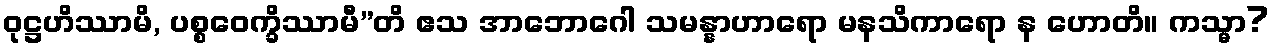
ဝုဋ္ဌဟိဿာမိ, ပစ္စဝေက္ခိဿာမီ”တိ ဧသ အာဘောဂေါ သမန္နာဟာရော မနသိကာရော န ဟောတိ။ ကသ္မာ?